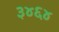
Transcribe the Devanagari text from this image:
३४६४